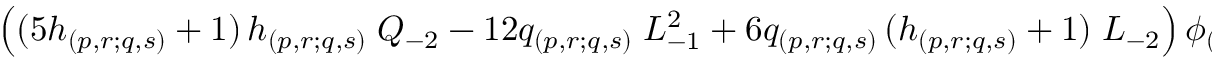
\left( ( 5 h _ { ( p , r ; q , s ) } + 1 ) \, h _ { ( p , r ; q , s ) } \; Q _ { - 2 } - 1 2 q _ { ( p , r ; q , s ) } \; L _ { - 1 } ^ { 2 } + 6 q _ { ( p , r ; q , s ) } \, ( h _ { ( p , r ; q , s ) } + 1 ) \; L _ { - 2 } \right) \phi _ { ( p , r ; q , s ) } .